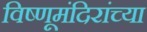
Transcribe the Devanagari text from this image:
विष्णूमंदिरांच्या